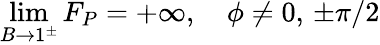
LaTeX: \operatorname*{lim}_{B\to 1^{\pm}}F_{P}=+\infty,\quad\phi\neq 0,\, \pm\pi/2